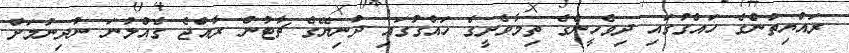
ރައްޔިތުންގެ ހައްގުގައި ދިވެހީންގެ ތިމާވެށީގެ ހައްގުގައި ދުނިޔޭގެ ޗާޓުން ރާއްޖެ ގެއްލުނަ ނުދިނުމަށް